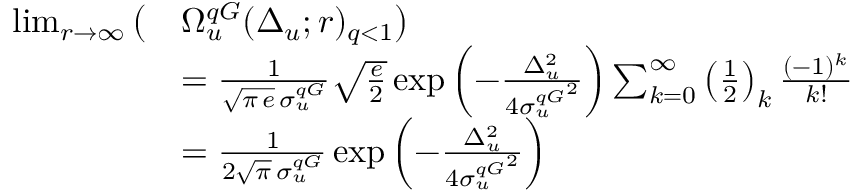
\begin{array} { r l } { \operatorname* { l i m } _ { r \to \infty } \big ( } & { \Omega _ { u } ^ { q G } ( \Delta _ { u } ; r ) _ { q < 1 } \big ) } \\ & { = \frac { 1 } { \sqrt { \pi \, e } \, \sigma _ { u } ^ { q G } } \sqrt { \frac { e } { 2 } } \exp \left( - \frac { \Delta _ { u } ^ { 2 } } { 4 { \sigma _ { u } ^ { q G } } ^ { 2 } } \right) \sum _ { k = 0 } ^ { \infty } \left( \frac { 1 } { 2 } \right) _ { k } \frac { ( - 1 ) ^ { k } } { k ! } } \\ & { = \frac { 1 } { 2 \sqrt { \pi } \, \sigma _ { u } ^ { q G } } \exp \left( - \frac { \Delta _ { u } ^ { 2 } } { 4 { \sigma _ { u } ^ { q G } } ^ { 2 } } \right) } \end{array}